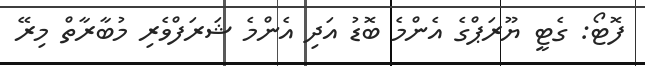
ފޮޓޯ: ގެޓީ ޔޫރަޕްގެ އެންމެ ބޮޑު އަދި އެންމެ ޝަރަފްވެރި މުބާރާތް މިރޭ